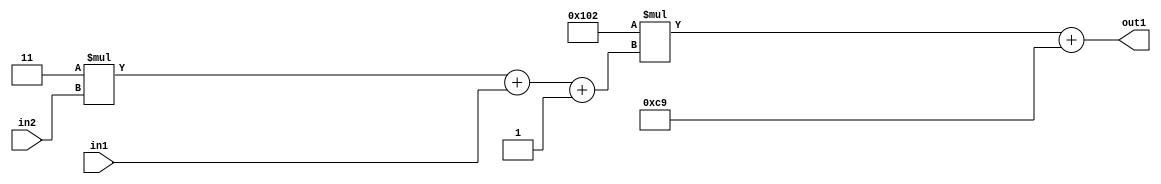
`timescale 1ps / 1ps
/*****************************************************************************
    Verilog RTL Description
    
    
    Created by: Stratus DpOpt 2019.1.01 
*******************************************************************************/

module DC_Filter_Add2i201Mul2i258Add3i1u1Mul2i3u2_1 (
	in2,
	in1,
	out1
	); /* architecture "behavioural" */ 
input [1:0] in2;
input  in1;
output [11:0] out1;
wire [11:0] asc001;
wire [3:0] asc002;

wire [3:0] asc002_tmp_0;
wire [3:0] asc002_tmp_1;
assign asc002_tmp_1 = 
	+(4'B0011 * in2);
assign asc002_tmp_0 = asc002_tmp_1
	+(in1);
assign asc002 = asc002_tmp_0
	+(4'B0001);

wire [11:0] asc001_tmp_2;
assign asc001_tmp_2 = 
	+(12'B000100000010 * asc002);
assign asc001 = asc001_tmp_2
	+(12'B000011001001);

assign out1 = asc001;
endmodule

/* CADENCE  vrP5TAA= : u9/ySgnWtBlWxVPRXgAZ4Og= ** DO NOT EDIT THIS LINE ******/